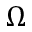
\Omega